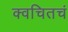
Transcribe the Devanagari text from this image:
क्वचितचं